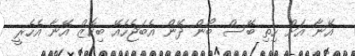
އޭނާ އަށް ހިތި ބޭސް ބޯން ދޭން އެބަޖެހެެއޭ ބިކޮޒް އޭނާ އެހެރީ